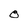
Character: O